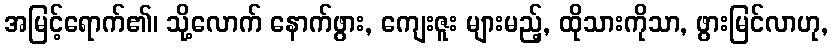
အမြင့်ရောက်၏၊ သို့လောက် နောက်ဖွား, ကျေးဇူး များမည့်, ထိုသားကိုသာ, ဖွားမြင်လာဟု,